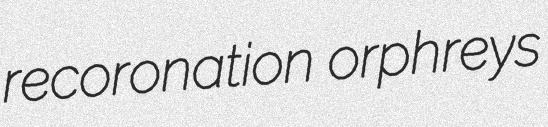
recoronation orphreys